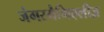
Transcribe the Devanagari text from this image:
जंगरमैगिएलीज़